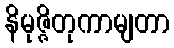
နိမုဇ္ဇိတုကာမျတာ